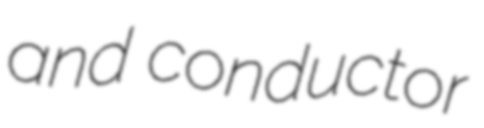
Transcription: and conductor